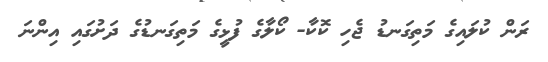
ރަން ކުލައިގެ މަތިގަނޑު ޖެހި ކޮކާ- ކޯލާގެ ފުޅީގެ މަތިގަނޑުގެ ދަށުގައި އިންނަ